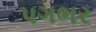
પગભર